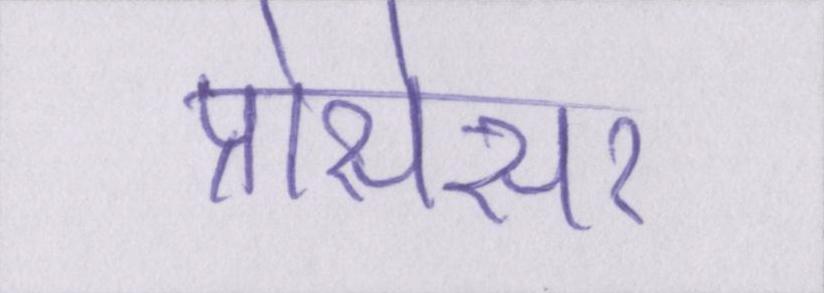
प्रोसेसर